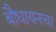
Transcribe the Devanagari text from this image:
बौधायनचा